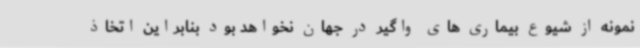
نمونه از شیوع بیماری های واگیر در جهان نخواهد بود بنابراین اتخاذ